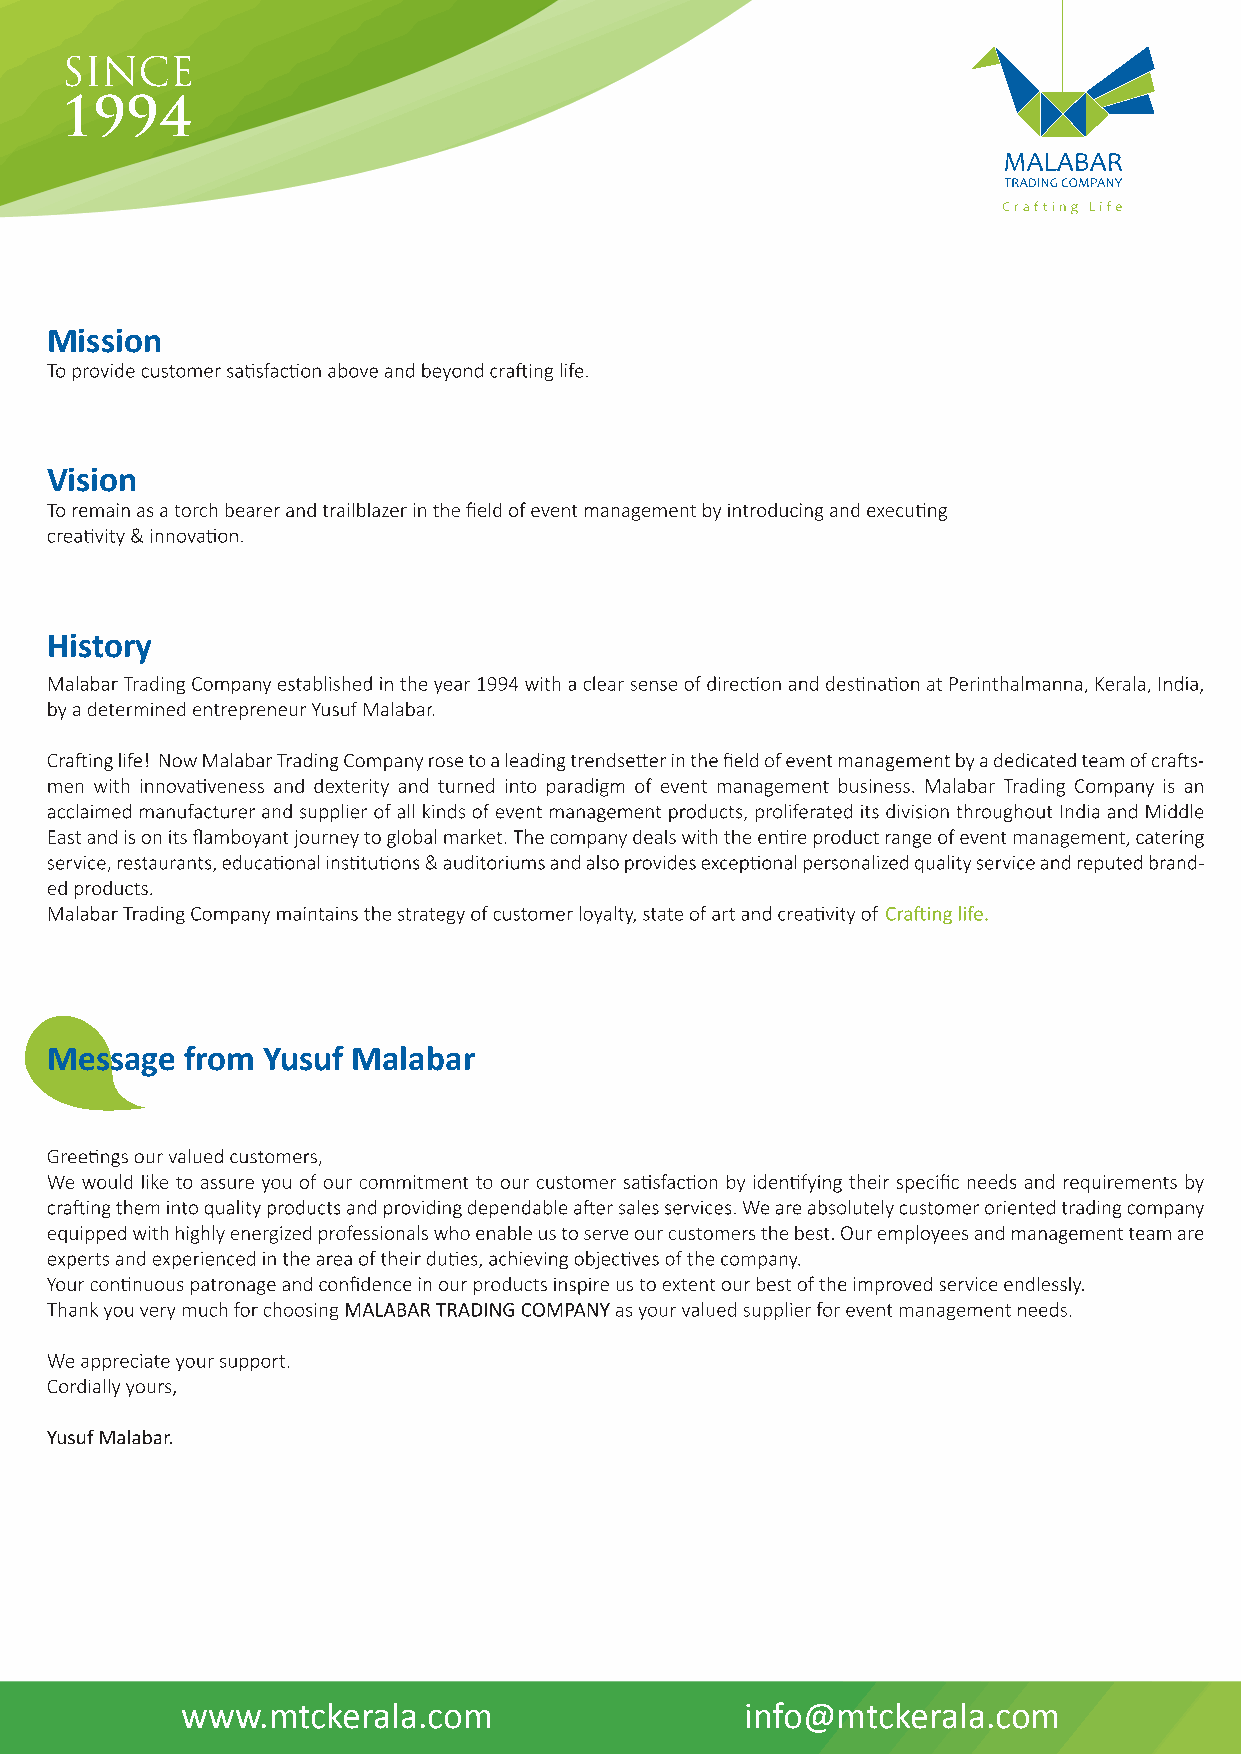
Mission
 Vision
 History
 Message  from Yusuf Malabar
 www.mtckerala.com                    info@mtckerala.com